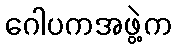
ဂေါပကအဖွဲ့က